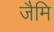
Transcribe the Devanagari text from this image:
जैमि